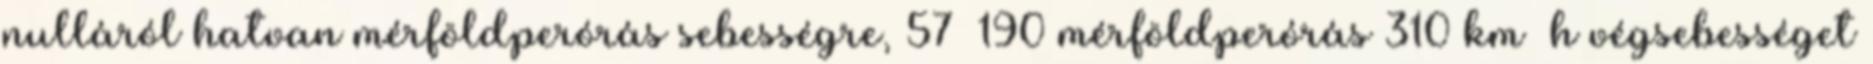
nulláról hatvan mérföldperórás sebességre, 57 190 mérföldperórás 310 km h végsebességet